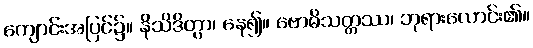
ကျောင်းအပြင်၌။ နိသိဒိတွာ၊ နေ၍။ ဗောဓိသတ္တဿ၊ ဘုရားလောင်း၏။